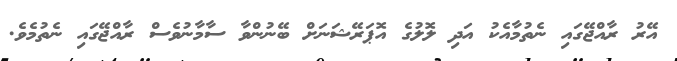
އޭރު ރާއްޖޭގައި ނެތުމާއެކު އަދި ލޮލުގެ އޮޕަރޭޝަނަށް ބޭނުންވާ ސާމާނުވެސް ރާއްޖޭގައި ނެތުމެވެ.